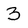
Character: 3